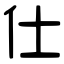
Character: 仕